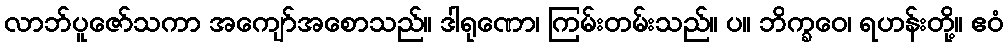
လာဘ်ပူဇော်သကာ အကျော်အစောသည်။ ဒါရုဏော၊ ကြမ်းတမ်းသည်။ ပ။ ဘိက္ခဝေ၊ ရဟန်းတို့။ ဧဝံ